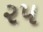
૨પ